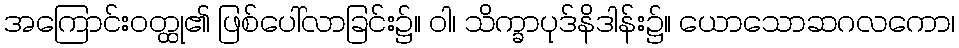
အကြောင်းဝတ္ထု၏ ဖြစ်ပေါ်လာခြင်း၌။ ဝါ၊ သိက္ခာပုဒ်နိဒါန်း၌။ ယောသောဆဂလကော၊